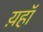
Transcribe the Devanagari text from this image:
य़हॉ